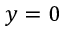
y = 0